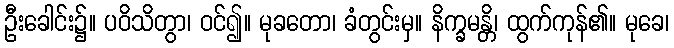
ဦးခေါင်း၌။ ပဝိသိတွာ၊ ဝင်၍။ မုခတော၊ ခံတွင်းမှ။ နိက္ခမန္တိ၊ ထွက်ကုန်၏။ မုခေ၊